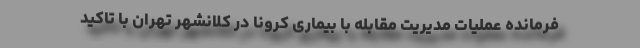
فرمانده عملیات مدیریت مقابله با بیماری کرونا در کلانشهر تهران با تاکید